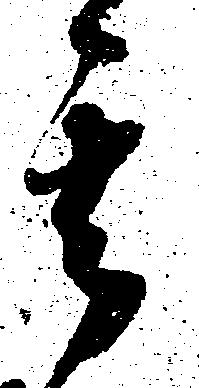
其